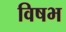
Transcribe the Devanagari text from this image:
विषभ